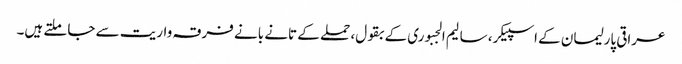
عراقی پارلیمان کے اسپیکر، سالیم الجبوری کے بقول، حملے کے تانے بانے فرقہ واریت سے جا ملتے ہیں۔